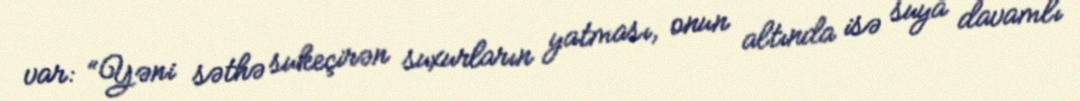
var: “Yəni səthə sukeçirən suxurların yatması, onun altında isə suya davamlı